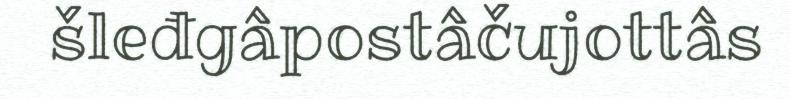
šleđgâpostâčujottâs